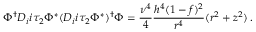
\Phi ^ { \dag } D _ { i } i \tau _ { 2 } \Phi ^ { * } ( D _ { i } i \tau _ { 2 } \Phi ^ { * } ) ^ { \dag } \Phi = \frac { \nu ^ { 4 } } { 4 } \frac { h ^ { 4 } ( 1 - f ) ^ { 2 } } { r ^ { 4 } } ( r ^ { 2 } + z ^ { 2 } ) \, .